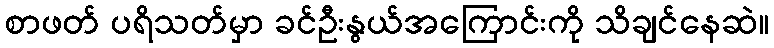
စာဖတ် ပရိသတ်မှာ ခင်ဦးနွယ်အကြောင်းကို သိချင်နေဆဲ။